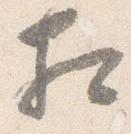
相